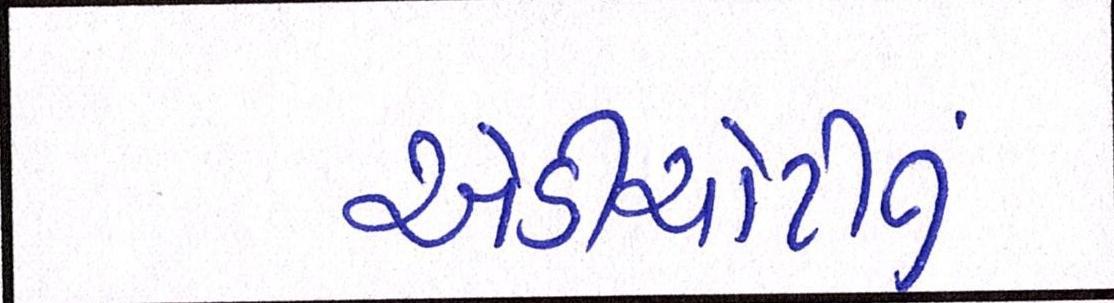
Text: એડીચોટીનું